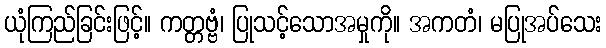
ယုံကြည်ခြင်းဖြင့်။ ကတ္တဗ္ဗံ၊ ပြုသင့်သောအမှုကို။ အကတံ၊ မပြုအပ်သေး